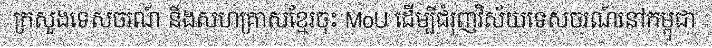
ក្រសួងទេសចរណ៍ និងសហគ្រាសខ្មែរចុះ MoU ដើម្បីជំរុញវិស័យទេសចរណ៍នៅកម្ពុជា